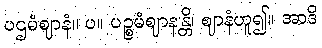
ပဌမံဈာနံ။ ပ။ ပဉ္စမံဈာနန္တိ၊ ဈာနံဟူ၍။ အာဒိ